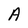
Character: A